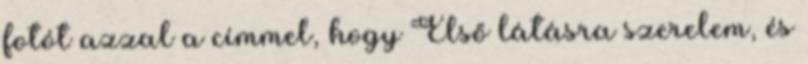
fotót azzal a címmel, hogy Első látásra szerelem, és